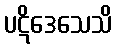
ပဋိဒေသေသိ